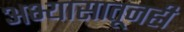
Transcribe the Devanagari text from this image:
अभ्यासातूनही